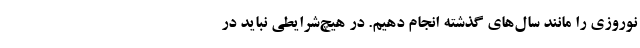
نوروزی را مانند سال‌های گذشته انجام دهیم. در هیچ‌شرایطی نباید در